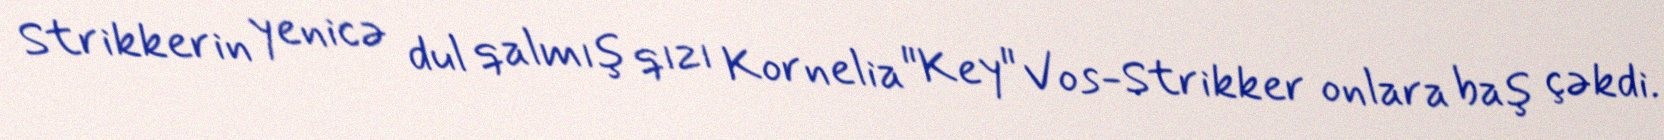
Strikkerin yenicə dul qalmış qızı Kornelia "Key" Vos-Strikker onlara baş çəkdi.